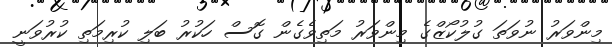
މިންވަރު ނުވަތަ ގުލުކޯޒްގެ މިންވަރު މަތިވެގެން ގޮސް ހަކުރު ބަލި ކުރިމަތި ކުރުވަނީ